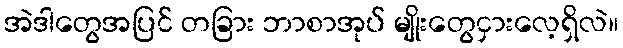
အဲဒါတွေအပြင် တခြား ဘာစာအုပ် မျိုးတွေငှားလေ့ရှိလဲ။